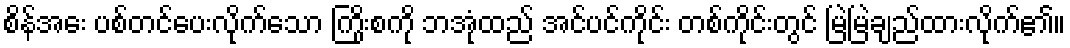
စိန်အေး ပစ်တင်ပေးလိုက်သော ကြိုးစကို ဘအုံထည် အင်ပင်ကိုင်း တစ်ကိုင်းတွင် မြဲမြဲချည်ထားလိုက်၏။